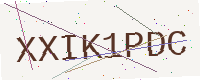
Text: XXIK1PDC